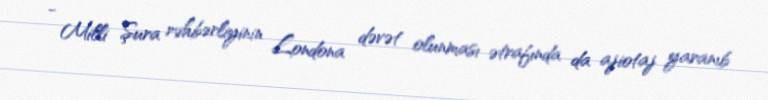
- Milli Şura rəhbərliyinin Londona dəvət olunması ətrafında da ajiotaj yaranıb